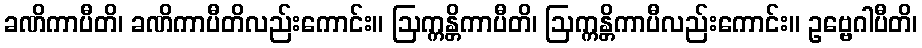
ခဏိကာပီတိ၊ ခဏိကာပီတိလည်းကောင်း။ ဩက္ကန္တိကာပီတိ၊ ဩက္ကန္တိကာပီလည်းကောင်း။ ဥဗ္ဗေဂါပီတိ၊